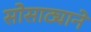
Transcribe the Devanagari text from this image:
सोसाट्याने